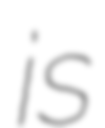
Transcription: is